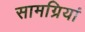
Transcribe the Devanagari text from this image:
सामग्रियां